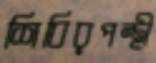
শিবিরপন্থী